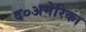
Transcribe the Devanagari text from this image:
द०अमेरिका